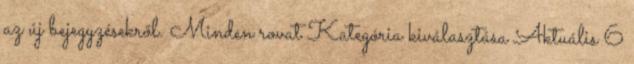
az új bejegyzésekről. Minden rovat Kategória kiválasztása Aktuális 6